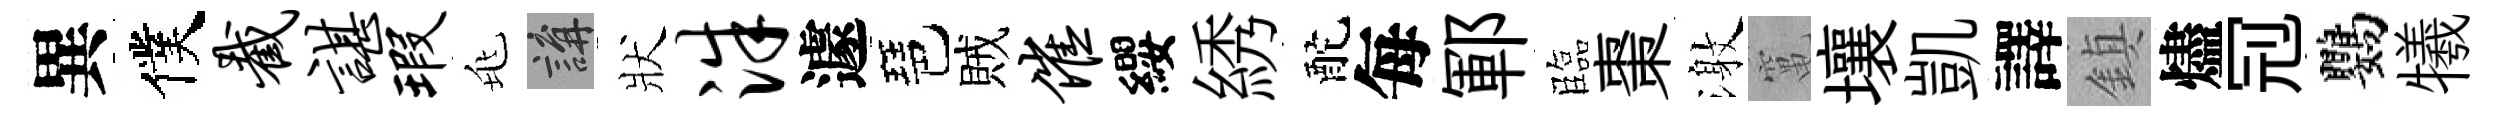
異僕截谌瑕兆講狀洙遽琶賊催纓綉酡每鄆臨棗激𥧄壤凱譯鎮燼𠜍鸚犧